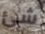
شئ